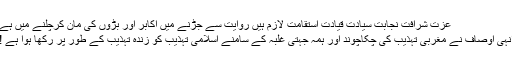
عزت شرافت نجابت سیادت قیادت استقامت لازم ہیں روایت سے جڑنے میں اکابر اور بڑوں کی مان کرچلنے میں ہے
انہی اوصاف نے مغربی تہذیب کی چکاچوند اور ہمہ جہتی غلبہ کے سامنے اسلامی تہذیب کو زندہ تہذیب کے طور پر رکھا ہوا ہے !